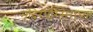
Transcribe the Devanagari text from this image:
मंदिरपरिसराच्या